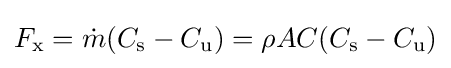
F_{\rm {x}}={\dot {m}}{(C_{\rm {s}}-C_{\rm {u}})}={\rho AC}{(C_{\rm {s}}-C_{\rm {u}})}